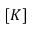
[ K ]